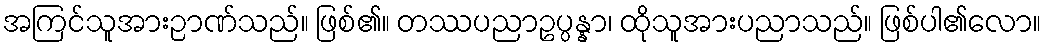
အကြင်သူအားဉာဏ်သည်။ ဖြစ်၏။ တဿပညာဥပ္ပန္နာ၊ ထိုသူအားပညာသည်။ ဖြစ်ပါ၏လော။